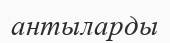
антыларды